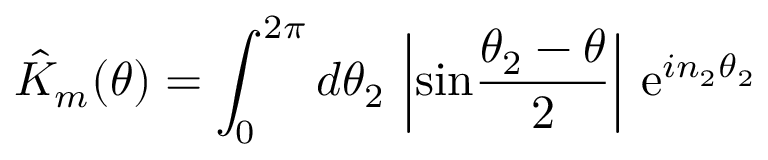
\hat { K } _ { m } ( \theta ) = \int _ { 0 } ^ { 2 \pi } d \theta _ { 2 } \, \left| \mathrm { s i n } { \frac { \theta _ { 2 } - \theta } { 2 } } \right| \, \mathrm { e } ^ { i n _ { 2 } \theta _ { 2 } }